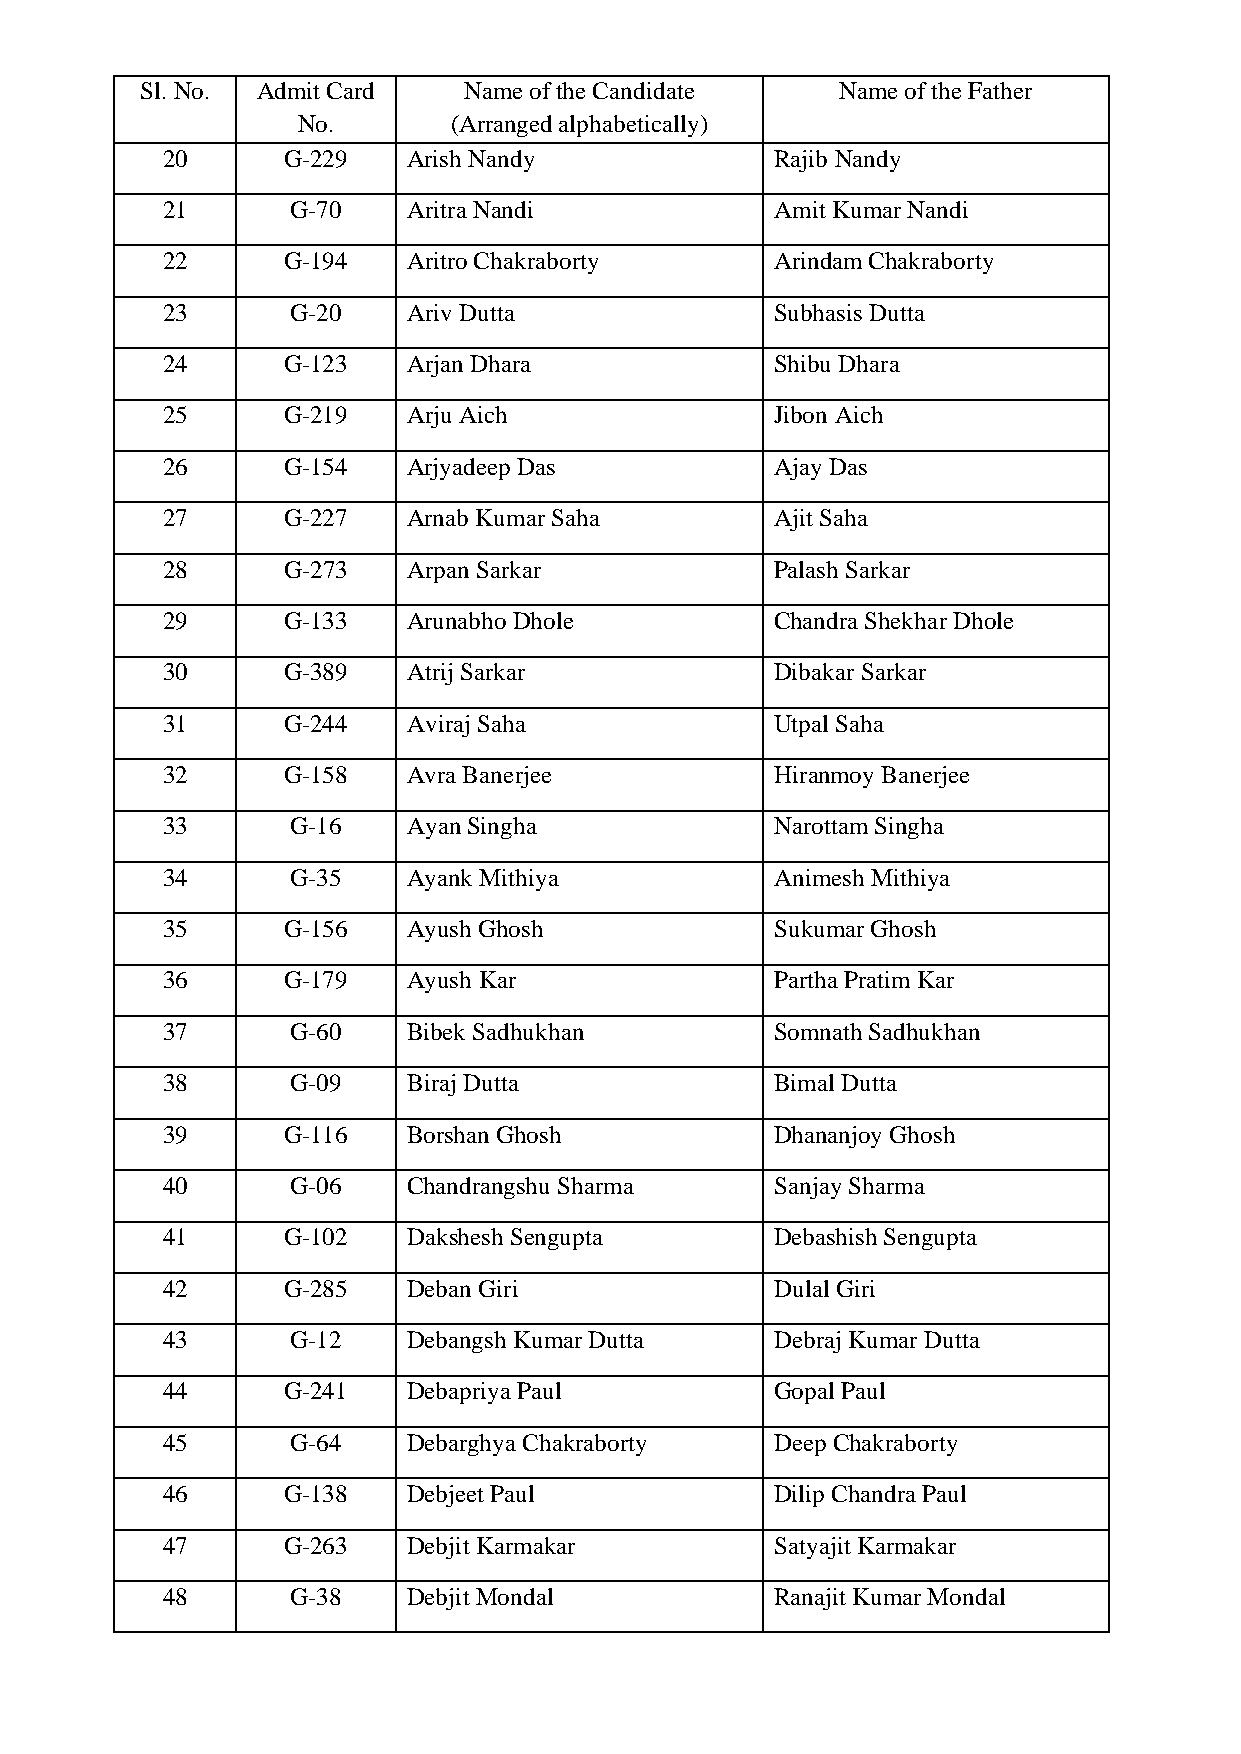
Sl. No. Admit Card    Name of the Candidate    Name of the Father
 No.       (Arranged alphabetically)
 20      G-229   Arish Nandy             Rajib Nandy
 21      G-70    Aritra Nandi            Amit Kumar Nandi
 22      G-194   Aritro Chakraborty      Arindam Chakraborty
 23      G-20    Ariv Dutta              Subhasis Dutta
 24      G-123   Arjan Dhara             Shibu Dhara
 25      G-219   Arju Aich               Jibon Aich
 26      G-154   Arjyadeep Das           Ajay Das
 27      G-227   Arnab Kumar Saha        Ajit Saha
 28      G-273   Arpan Sarkar            Palash Sarkar
 29      G-133   Arunabho Dhole          Chandra Shekhar Dhole
 30      G-389   Atrij Sarkar            Dibakar Sarkar
 31      G-244   Aviraj Saha             Utpal Saha
 32      G-158   Avra Banerjee           Hiranmoy Banerjee
 33      G-16    Ayan Singha             Narottam Singha
 34      G-35    Ayank Mithiya           Animesh Mithiya
 35      G-156   Ayush Ghosh             Sukumar Ghosh
 36      G-179   Ayush Kar               Partha Pratim Kar
 37      G-60    Bibek Sadhukhan         Somnath Sadhukhan
 38      G-09    Biraj Dutta             Bimal Dutta
 39      G-116   Borshan Ghosh           Dhananjoy Ghosh
 40      G-06    Chandrangshu Sharma     Sanjay Sharma
 41      G-102   Dakshesh Sengupta       Debashish Sengupta
 42      G-285   Deban Giri              Dulal Giri
 43      G-12    Debangsh Kumar Dutta    Debraj Kumar Dutta
 44      G-241   Debapriya Paul          Gopal Paul
 45      G-64    Debarghya Chakraborty   Deep Chakraborty
 46      G-138   Debjeet Paul            Dilip Chandra Paul
 47      G-263   Debjit Karmakar         Satyajit Karmakar
 48      G-38    Debjit Mondal           Ranajit Kumar Mondal